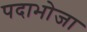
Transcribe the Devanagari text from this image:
पदाभोजा